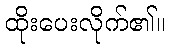
ထိုးပေးလိုက်၏။